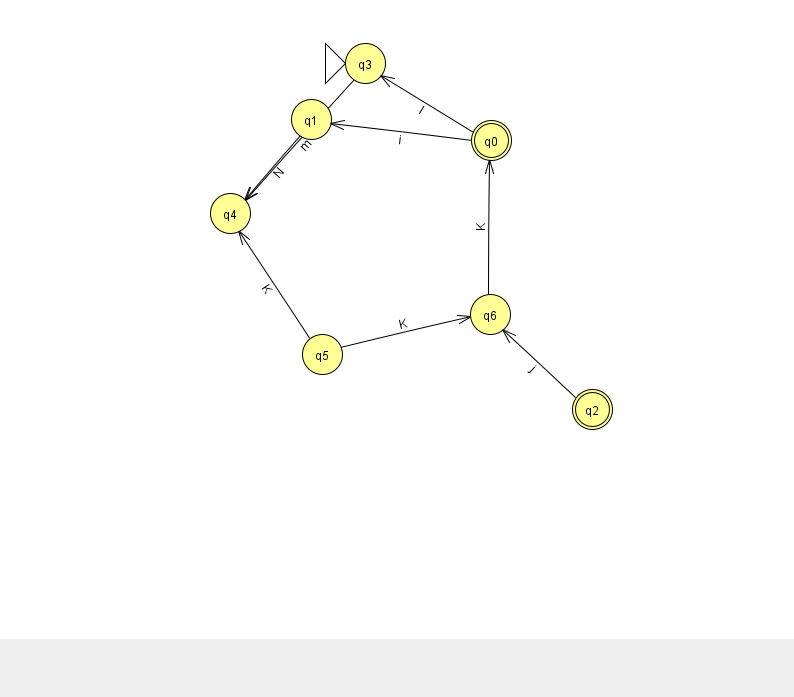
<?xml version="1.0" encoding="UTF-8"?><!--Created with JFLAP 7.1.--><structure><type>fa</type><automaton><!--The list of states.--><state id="0" name="q0"><x>491.0</x><y>127.0</y><final/></state><state id="1" name="q1"><x>311.0</x><y>106.0</y></state><state id="2" name="q2"><x>592.0</x><y>396.0</y><final/></state><state id="3" name="q3"><x>365.0</x><y>50.0</y><initial/></state><state id="4" name="q4"><x>230.0</x><y>200.0</y></state><state id="5" name="q5"><x>322.0</x><y>341.0</y></state><state id="6" name="q6"><x>490.0</x><y>301.0</y></state><!--The list of transitions.--><transition><from>5</from><to>6</to><read>K</read></transition><transition><from>1</from><to>4</to><read>N</read></transition><transition><from>3</from><to>4</to><read>m</read></transition><transition><from>0</from><to>3</to><read>I</read></transition><transition><from>6</from><to>0</to><read>K</read></transition><transition><from>0</from><to>1</to><read>i</read></transition><transition><from>5</from><to>4</to><read>K</read></transition><transition><from>2</from><to>6</to><read>j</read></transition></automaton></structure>